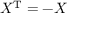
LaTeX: X ^ { \mathrm { { T } } } = - X